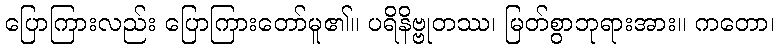
ပြောကြားလည်း ပြောကြားတော်မူ၏။ ပရိနိဗ္ဗုတဿ၊ မြတ်စွာဘုရားအား။ ကတော၊